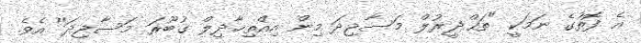
އެ ފޮތުގެ ނަމަކީ "ތަޙްޛީރުލް މަސާޖިދަ މިން އިއްތިޚާޛިލް ޤުބޫރަ މަސާޖިދަ'' އެވެ.